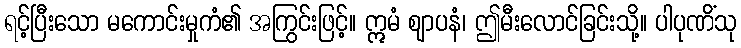
ရင့်ပြီးသော မကောင်းမှုကံ၏ အကြွင်းဖြင့်။ ဣမံ ဈာပနံ၊ ဤမီးလောင်ခြင်းသို့။ ပါပုဏိံသု